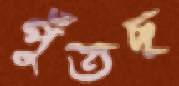
পুঁতছ